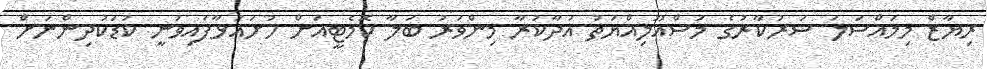
ރިޔާޒް މިމައްސަލަ ސަރުކާރުގެ މަސްއޫލިއްޔަތު އަދާކުރާ މިންވަރު ބަލާ ކޮމެޓީއަށް ހުށައަޅާފައިވަނީ ކުޑަކުދިންނަށް